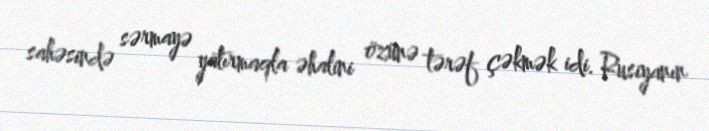
sahəsində sərmayə yatırmaqla əhalini özünə tərəf çəkmək idi. Rusiyanın